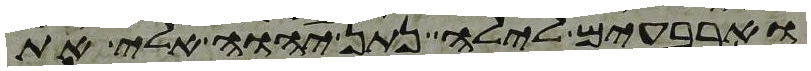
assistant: וארבעים לילה נתן יהוה אלי את